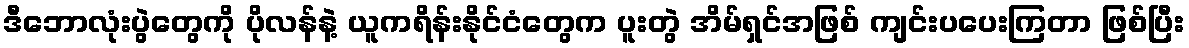
ဒီဘောလုံးပွဲတွေကို ပိုလန်နဲ့ ယူကရိန်းနိုင်ငံတွေက ပူးတွဲ အိမ်ရှင်အဖြစ် ကျင်းပပေးကြတာ ဖြစ်ပြီး